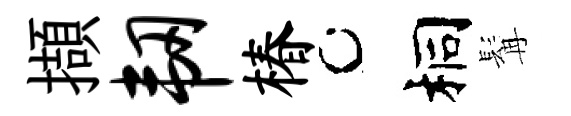
擷韧椿桐髯